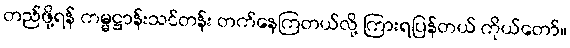
တည်ဖို့ရန် ကမ္မဋ္ဌာန်းသင်တန်း တက်နေကြတယ်လို့ ကြားရပြန်တယ် ကိုယ်တော်။